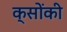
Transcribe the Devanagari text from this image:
क्सोंकी